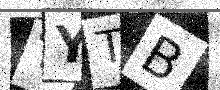
Text: TYTB